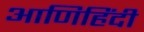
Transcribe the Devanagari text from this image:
आणिहिंदी